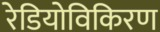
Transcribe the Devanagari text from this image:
रेडियोविकिरण